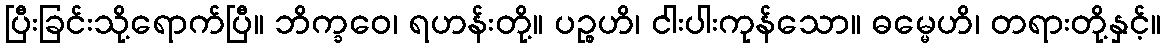
ပြီးခြင်းသို့ရောက်ပြီ။ ဘိက္ခဝေ၊ ရဟန်းတို့။ ပဉ္စဟိ၊ ငါးပါးကုန်သော။ ဓမ္မေဟိ၊ တရားတို့နှင့်။